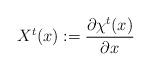
LaTeX: \begin{gather*}X^{t}(x):=\frac{\partial\chi^{t}(x)}{\partial x}\end{gather*}